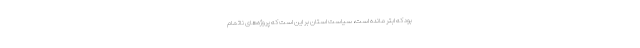
بود که ابتر مانده است، سیاست استان بر این است که پروژه‌های ناتمام